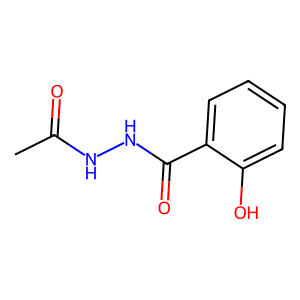
SMILES: CC(=O)NNC(=O)c1ccccc1O
Inhibits HIV replication: No